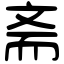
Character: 斋